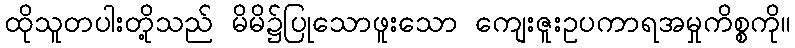
ထိုသူတပါးတို့သည် မိမိ၌ပြုသောဖူးသော ကျေးဇူးဥပကာရအမှုကိစ္စကို။